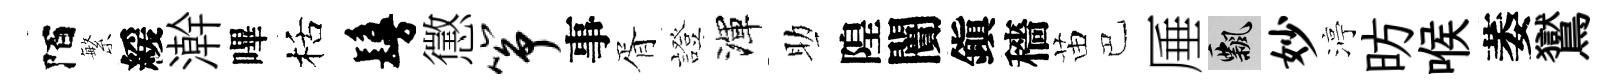
陌繁緩澣嗶栝鬘懲筝事胥證渾助隍闠鎭穡苗巴厜飄妙渟昉喉萎鸑